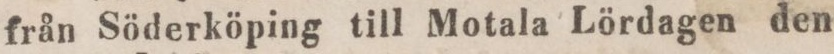
från Söderköping till Motala Lördagen den